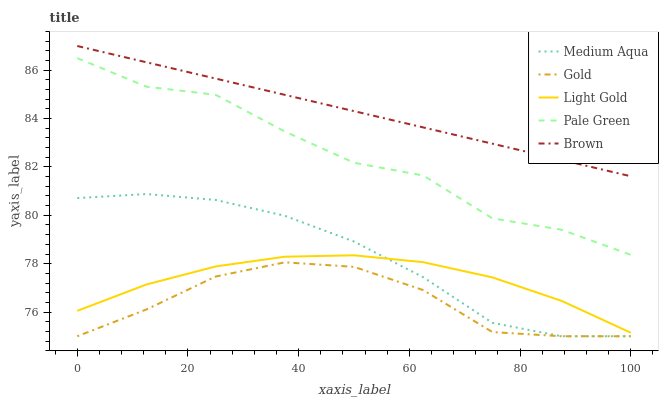
| xaxis_label | Medium Aqua | Gold | Light Gold | Pale Green | Brown |
 | --- | --- | --- | --- | --- | --- |
 | 0 | 80.7 | 75 | 76.1 | 86.5 | 87 |
 | 12.5 | 80.9 | 76.1 | 77.1 | 85.3 | 86.3 |
 | 25 | 80.6 | 77.5 | 77.9 | 85 | 85.7 |
 | 37.5 | 80 | 78.1 | 78.3 | 83.5 | 85 |
 | 50 | 78.9 | 77.9 | 78.3 | 82.2 | 84.3 |
 | 62.5 | 77.4 | 76.9 | 78.1 | 81.6 | 83.6 |
 | 75 | 75.6 | 75.2 | 77.4 | 79.9 | 83 |
 | 87.5 | 75 | 75 | 76.5 | 79.4 | 82.3 |
 | 100 | 75 | 75 | 75.1 | 78.4 | 81.6 |